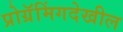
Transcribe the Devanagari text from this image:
प्रोग्रॅमिंगदेखील